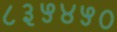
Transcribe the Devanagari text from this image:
८३५४५०